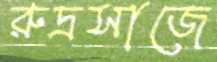
রুদ্রসাজে